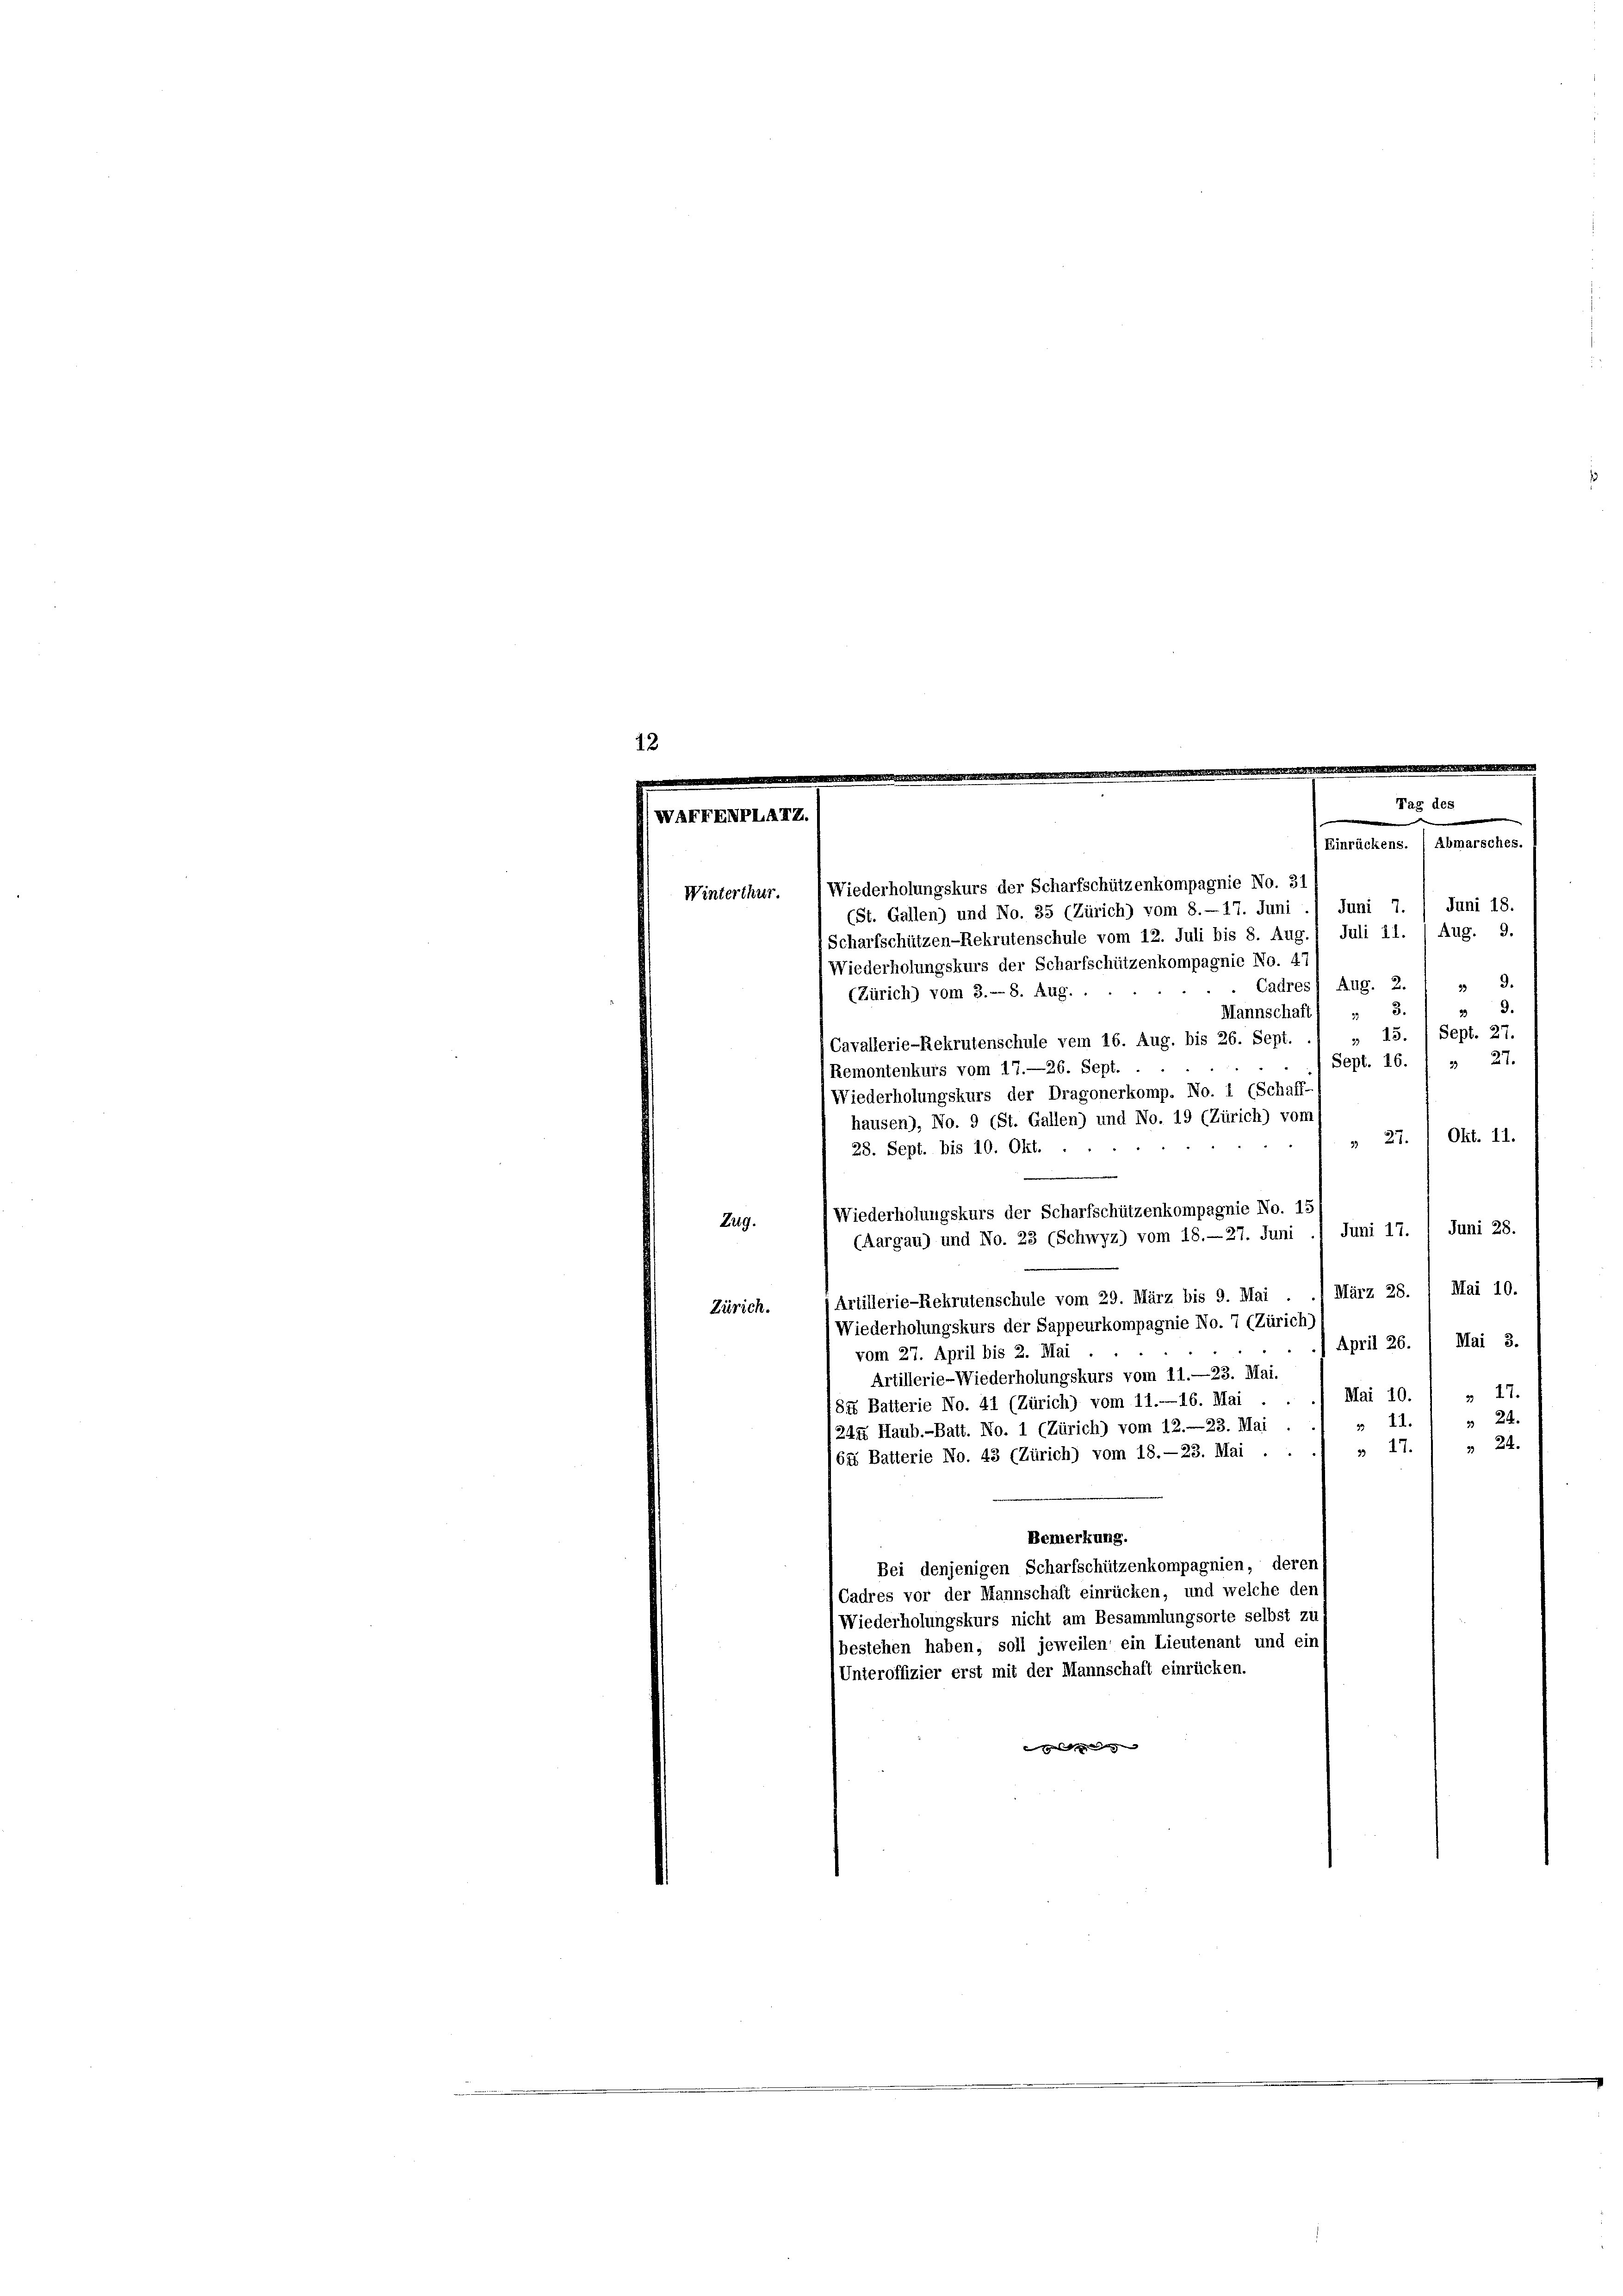
Wiederholungskurs der Scharfschützenkompagnie No. 31
Winterthur.
(St. Gallen) und No. 35 (Zürich) vom 8.—17. Juni ./ Juni 7. / Juni 18.
Scharfschützen-Rekrutenschule vom 12. Juli bis 8. Aug.) Juli 11. / Aug. 9.

Wiederholungskurs der Scharfschützenkompagnie No. 47
d.
Cadres 1 Aug. 2.
(Zürich) vom 3.- 8. Aug. .
33.
3.
Mannschaft 1
Sept. 27.
Cavallerie-Rekrutenschule vom 16. Aug. bis 26. Sept. .. . 13.
Sept. 16. 1 & 27.
Remontenkurs vom 17.—26. Sept.
Wiederholungskurs der Dragonerkomp. No. 1 (Schaff-
hausen), No. 9 (St. Gallen) und No. 19 (Zürich) vom
Okt. 11.
 27.
28. Sept. bis 10. Okt.
Wiederholungskurs der Scharfschützenkompagnie No. 13
Juni 17. / Juni 28.
(Aargau) und No. 23 (Schwyz) vom 18.—27. Juni
März 28. 1 Mai 10.
Artillerie-Rekrutenschule vom 29. März bis 9. Mai
Wiederholungskurs der Sappeurkompagnie No. 7 (Zürich)
Mai 3.
April 26.
vom 27. April bis 2. Mai
Artillerie-Wiederholungskurs vom 11.—23. Mai.
m 17.
Mai 10.
SX Batterie No. 41 (Zürich) vom 11.—16. Mai
» II.1 » 24.
244 Haub.-Batt. No. 1 (Zürich) vom 12.—23. Mai .
» 17.) " 24.
64 Batterie No. 43 (Zürich) vom 18.—23. Mai .
Bemerkung.
Bei denjenigen Scharfschützenkompagnien, deren s
Cadres vor der Mannschaft einrücken, und welche den s
Wiederholungskurs nicht am Besammlungsorte selbst zu
bestehen haben, soll jeweilen ein Lieutenant und ein
Unteroffizier erst mit der Mannschaft einrücken.
ssich zu wegen |

Zug.
Zürich.

Abmarsches.
emmen.